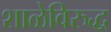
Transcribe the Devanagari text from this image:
शाळेविरुद्ध